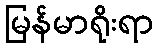
မြန်မာရိုးရာ